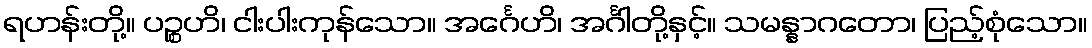
ရဟန်းတို့။ ပဉ္စဟိ၊ ငါးပါးကုန်သော။ အင်္ဂေဟိ၊ အင်္ဂါတို့နှင့်။ သမန္နာဂတော၊ ပြည့်စုံသော။